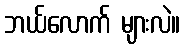
ဘယ်လောက် များလဲ။